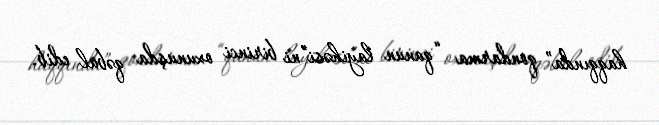
haqqında” qondarma “qanun layihəsi”ni birinci oxunuşda qəbul edib.